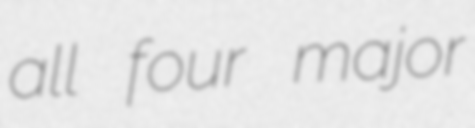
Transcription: all four major